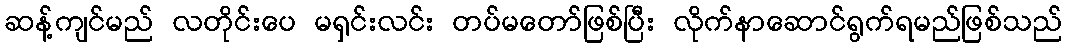
ဆန့်ကျင်မည် လတိုင်းပေ မရှင်းလင်း တပ်မတော်ဖြစ်ပြီး လိုက်နာဆောင်ရွက်ရမည်ဖြစ်သည်